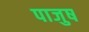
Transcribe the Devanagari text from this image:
पाजुष